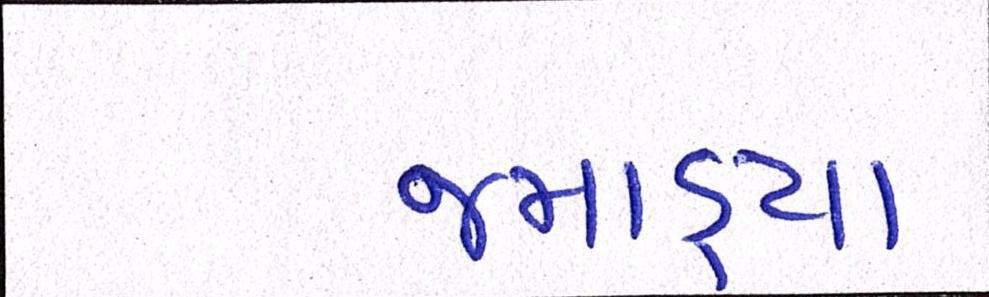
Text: જમાડ્યાં